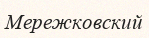
Мережковский